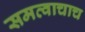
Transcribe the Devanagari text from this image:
समत्वाचाच